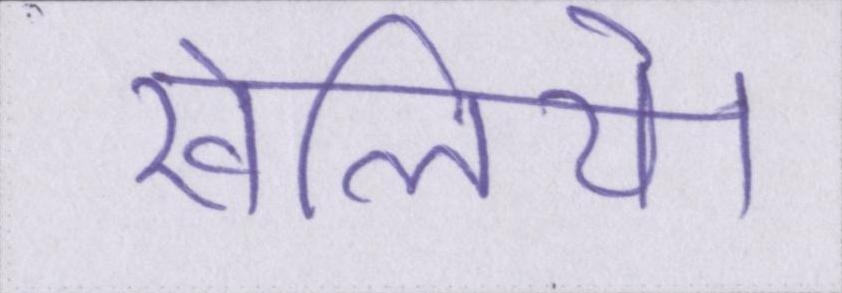
खेलिये।